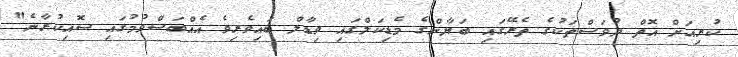
ކުރިއަށް އޮތް ދުވަސްތަކުގެ ތެރޭގައި ބަޔާންގެ މެޑިކަލްގައި ވިޑާލް ބައިވެރިވެ އެއްބަސްވުމުގައި ސޮއިކުރާނެ"